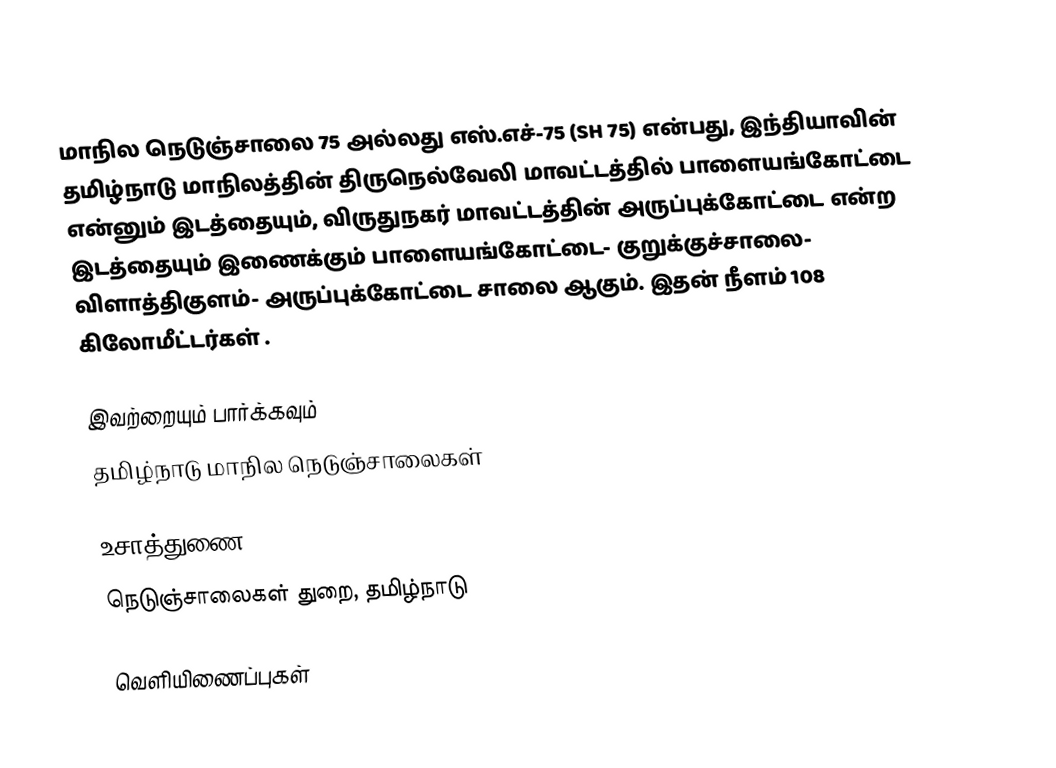
மாநில நெடுஞ்சாலை 75 அல்லது எஸ்.எச்-75 (SH 75) என்பது, இந்தியாவின் தமிழ்நாடு மாநிலத்தின் திருநெல்வேலி மாவட்டத்தில் பாளையங்கோட்டை என்னும் இடத்தையும், விருதுநகர் மாவட்டத்தின் அருப்புக்கோட்டை என்ற இடத்தையும் இணைக்கும் பாளையங்கோட்டை- குறுக்குச்சாலை- விளாத்திகுளம்- அருப்புக்கோட்டை சாலை ஆகும். இதன் நீளம் 108  கிலோமீட்டர்கள் .

இவற்றையும் பார்க்கவும்
 தமிழ்நாடு மாநில நெடுஞ்சாலைகள்

உசாத்துணை
 நெடுஞ்சாலைகள் துறை, தமிழ்நாடு

வெளியிணைப்புகள்